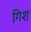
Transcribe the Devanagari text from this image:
गिश